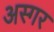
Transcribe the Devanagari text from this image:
अस्गर